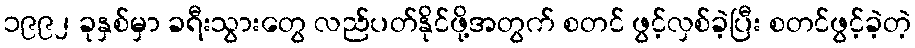
၁၉၉၂ ခုနှစ်မှာ ခရီးသွားတွေ လည်ပတ်နိုင်ဖို့အတွက် စတင် ဖွင့်လှစ်ခဲ့ပြီး စတင်ဖွင့်ခဲ့တဲ့